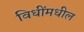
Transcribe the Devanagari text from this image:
विधींमधील